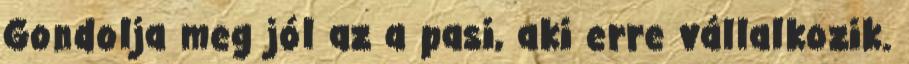
Gondolja meg jól az a pasi, aki erre vállalkozik.